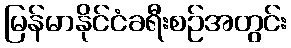
မြန်မာနိုင်ငံခရီးစဉ်အတွင်း